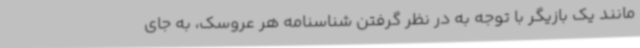
مانند یک بازیگر با توجه به در نظر گرفتن شناسنامه هر عروسک، به جای